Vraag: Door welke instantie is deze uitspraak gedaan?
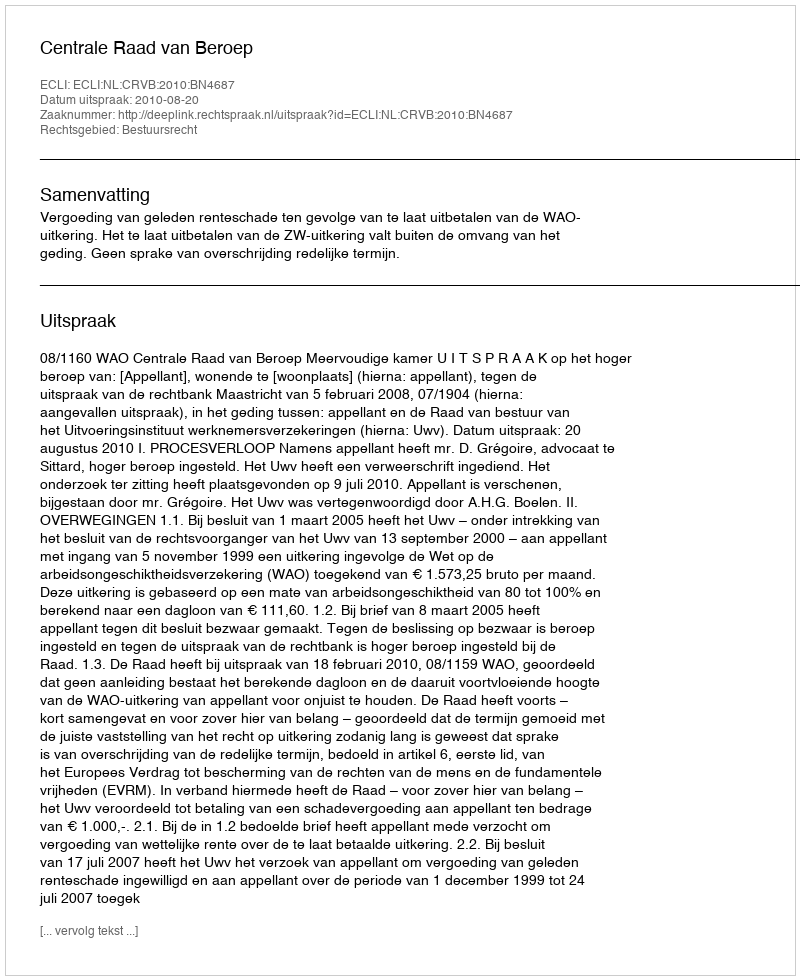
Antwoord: Centrale Raad van Beroep